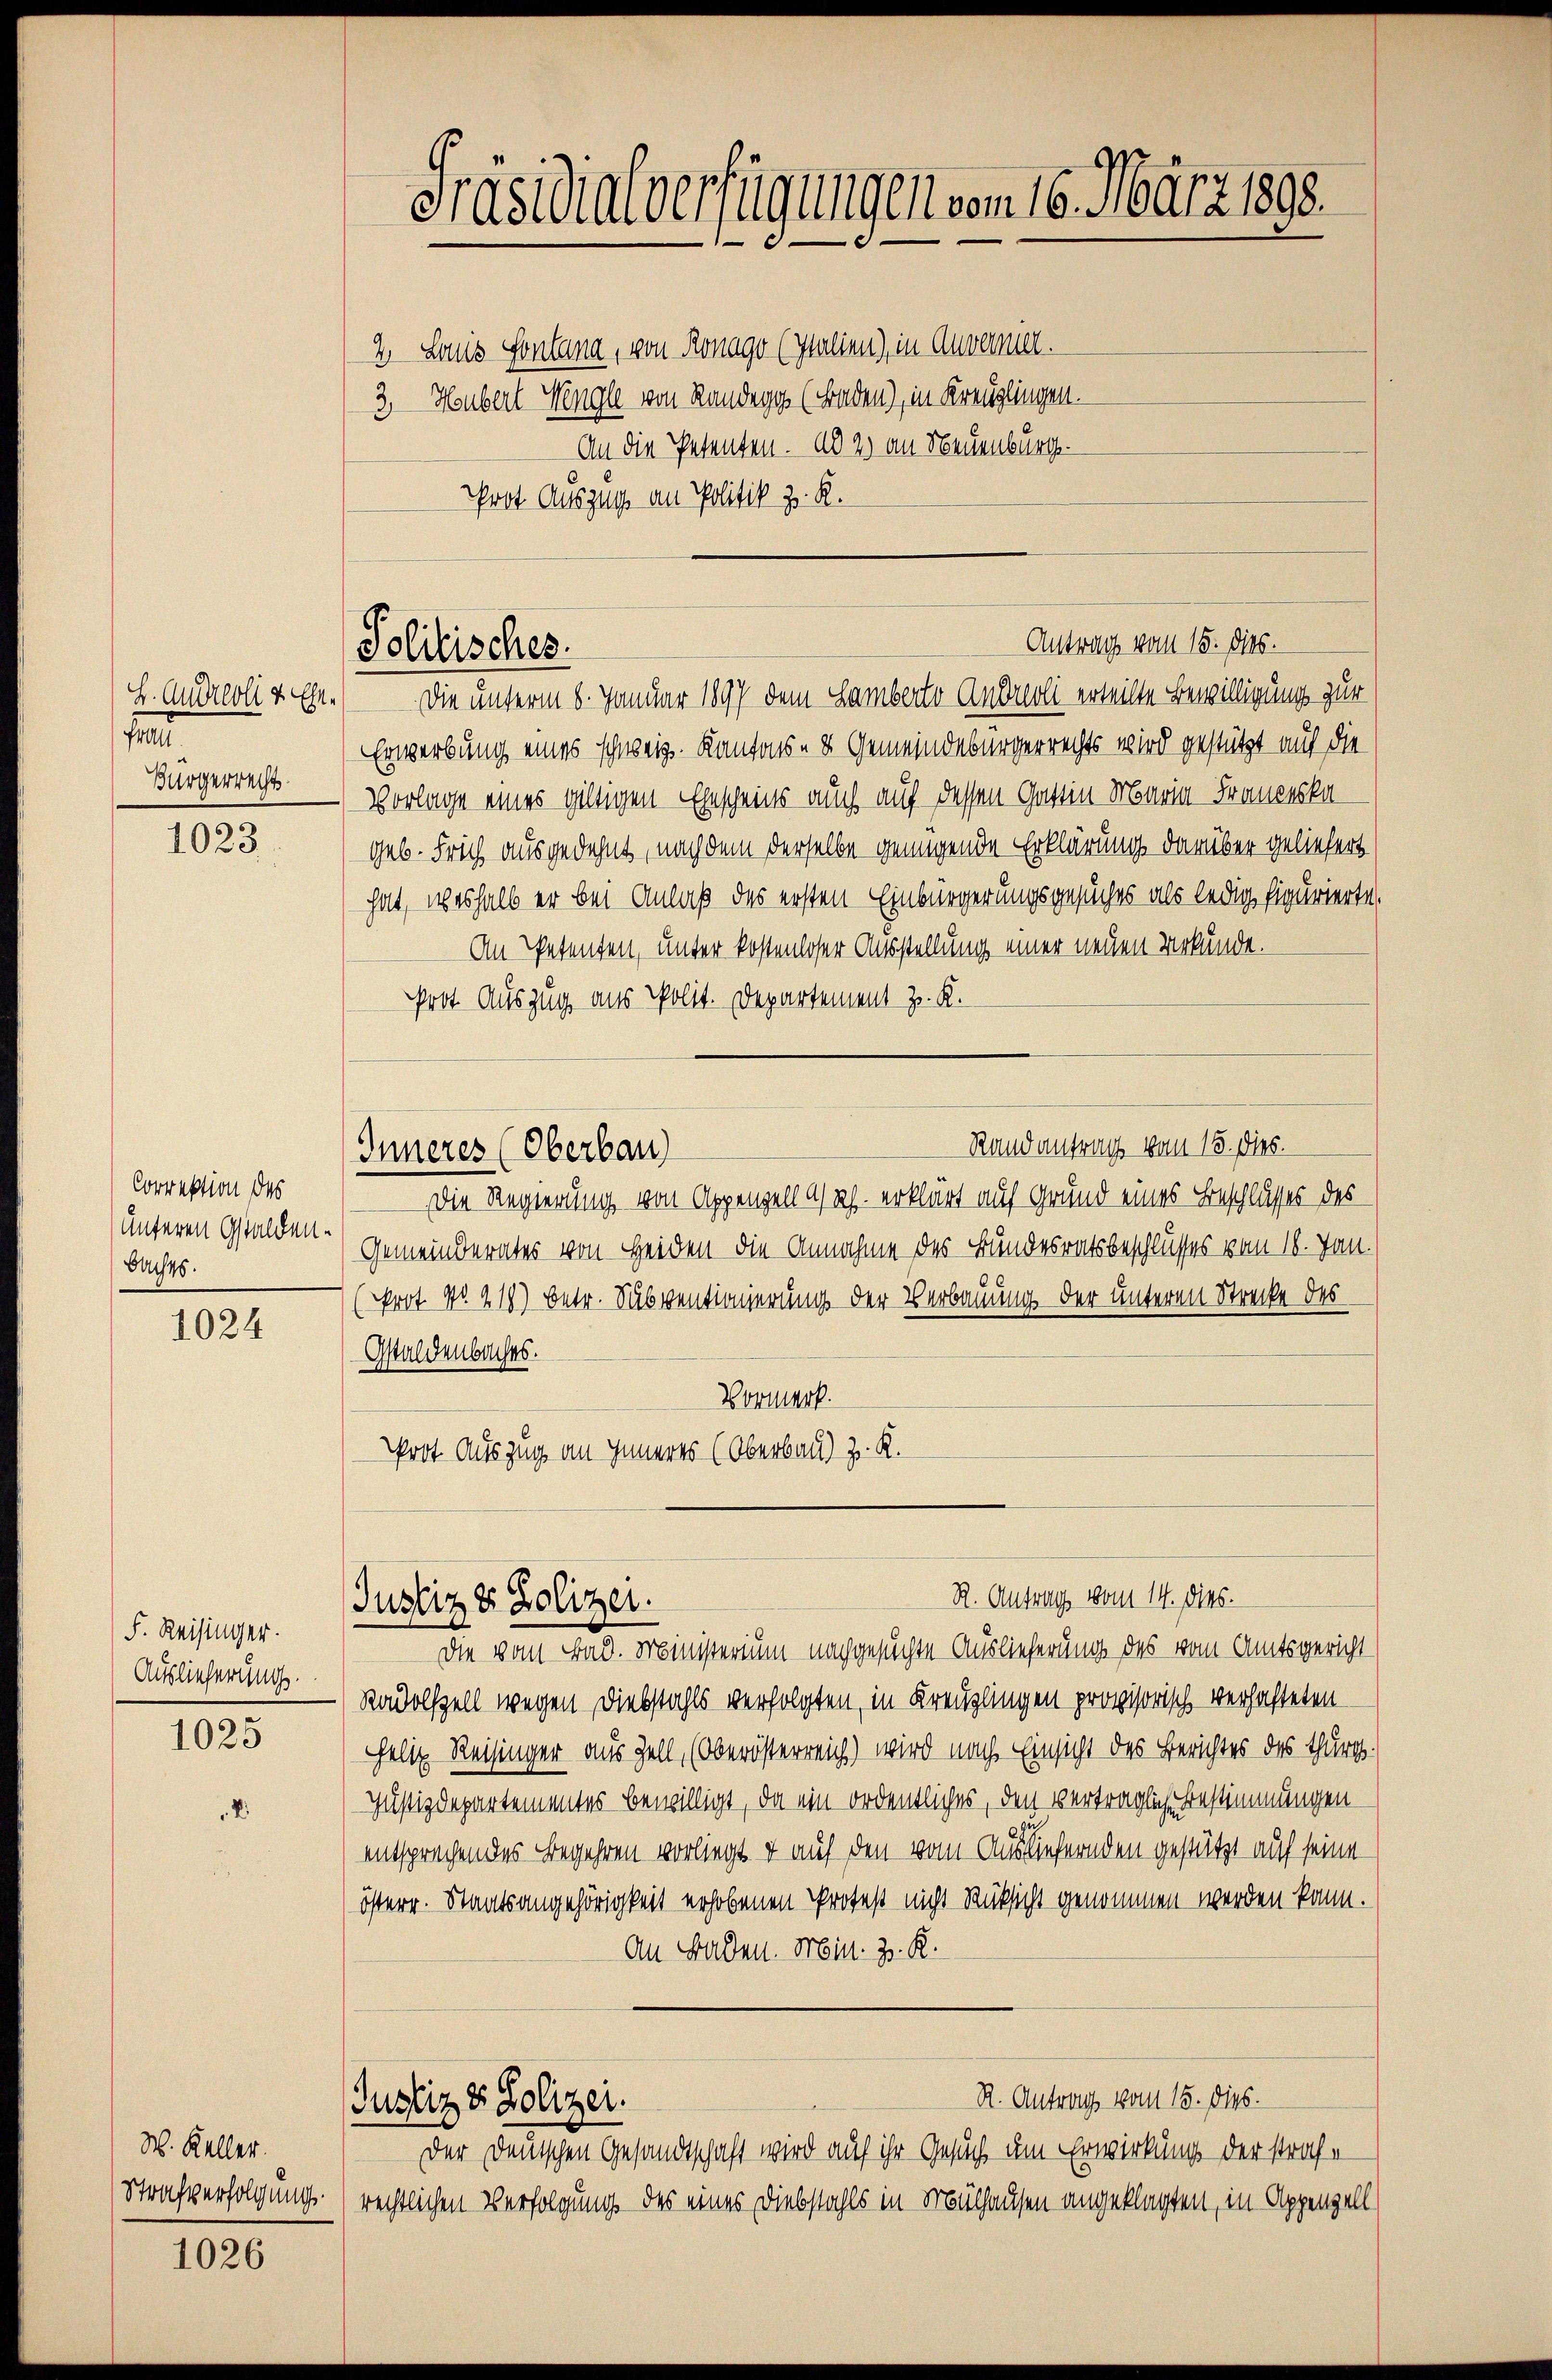
H. Andreoli v. Ehe-
fe
Bürgerrecht.

1023.

Correktion des
unteren Gstalden.
Bachts.

1024

F. Reisinger.
Auslieferung.

1025

W. Keller.
Strafverfolgung.

1026

Präsidialverfügungen vom 16. März 1898.

2. Lois Sontana, von Ronago (Italien), in Anvernier.
3. Heubert Hengle von Landegg (Faden), in Kreuzlingen.
An die Petenten. ad 2.) an Neuenburg.
Prot Auszug an Politik z. R.

Antrag vom 15. Dies
Politisches.

Die unterm 6. Januar 1897 dem Lamberto Andreoli erteilte Bewilligung zur
Erwerbung eines schweiz. Kantons- & Gemeindebürgerrechts wird gestützt auf die
Vorlage eines giltigen Ehescheins auch auf dessen Gattin Maria Franzeskageb. Frich ausgedehnt, nachdem derselbe genügende Erklärung darüber geliefert
hat, weshalb er bei Anlaß des ersten Einbürgerungsgesuches als ledig figurierte.
An Petenten, unter kostenloser Ausstellung einer neuen Urkunde.
Prot Auszug aus Polit. Departement z. K.
Randantrag vom 15. ds.
Inneres (Oberbau
Die Regierung von Appenzell A/Rh. erklärt auf Grund eines Beschlusses des
Gemeinderates von Heiden die Annahme des Bundesratsbeschlusses vom 18. Jan.
(Prot. No. 219) betr. Subventionierung der Verbauung der unteren Strecke des
Gstaldenbaches.
Vormerk.
Prot. Auszug an Inneres (Oberbau) z. R.

Justiz & Polizei.

R. Antrag vom 14. dies.

Die vom Bad. Ministerium nachgesuchte Auslieferung des vom Amtsgericht
Radolfzell wegen Diebstahls verfolgten, in Kreuzlingen provisorisch verhafteten
Helig Reisinger aus Zell, (Oberösterreich) wird nach Einsicht des Berichtes des Thurg.
Justizdepartementes bewilligt, da ein ordentliches, den vertraglich Bestimmungen
entsprechendes Begehren vorliegt. + auf den vom Ausliefernden gestützt auf seine
österr. Staatsangehörigkeit erhobenen Profes nicht Rücksicht genommen werden kann.
An Baden. Min. z. R.
R. Antrag vom 15. dies.
Justiz & Polizei.
Der Deutschen Gesandtschaft wird auf ihr Gesuch um Erwirkung der strafe
rechtlichen Verfolgung des eines Diebstahls in Mülhausen angeklagten, in Appenzell